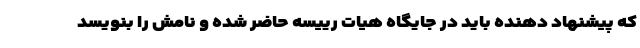
که پیشنهاد دهنده باید در جایگاه هیات رییسه حاضر شده و نامش را بنویسد